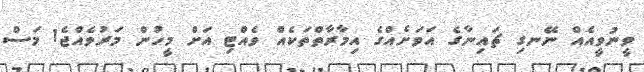
ވީނުވީއެއް ނޭނގި ޗައިނާގެ އަވަށެއްގެ އިމާރާތްތަކެއް ވެއްޓި އަށް މީހުން މަރުވެއްޖެ1 މަސް